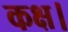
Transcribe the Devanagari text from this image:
कक्ष।